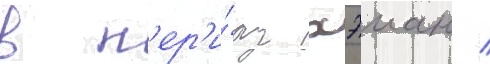
в п'ер'и́од хэиан /